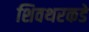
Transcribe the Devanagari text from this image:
शिवथरकडे